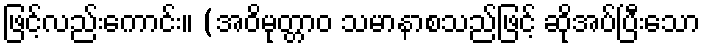
ဖြင့်လည်းကောင်း။ (အဝိမုတ္တာဝ သမာနာစသည်ဖြင့် ဆိုအပ်ပြီးသော